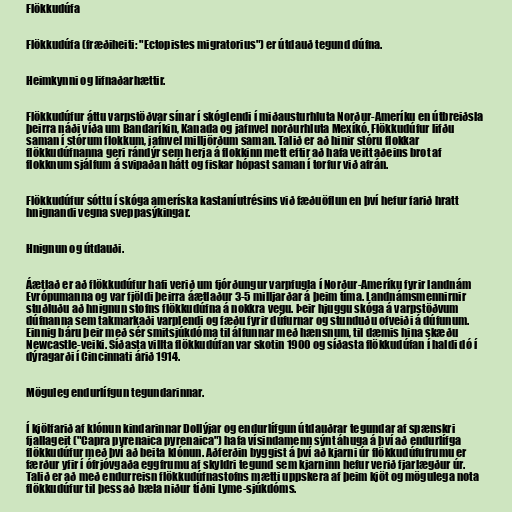
Flökkudúfa

Flökkudúfa (fræðiheiti: "Ectopistes migratorius") er útdauð tegund dúfna.

Heimkynni og lifnaðarhættir.

Flökkudúfur áttu varpstöðvar sínar í skóglendi í miðausturhluta Norður-Ameríku en útbreiðsla
þeirra náði víða um Bandaríkin, Kanada og jafnvel norðurhluta Mexíkó. Flökkudúfur lifðu
saman í stórum flokkum, jafnvel milljörðum saman. Talið er að hinir stóru flokkar
flökkudúfnanna geri rándýr sem herja á flokkinn mett eftir að hafa veitt aðeins brot af
flokknum sjálfum á svipaðan hátt og fiskar hópast saman í torfur við afrán.

Flökkudúfur sóttu í skóga ameríska kastaníutrésins við fæðuöflun en því hefur farið hratt
hnignandi vegna sveppasýkingar.

Hnignun og útdauði.

Áætlað er að flökkudúfur hafi verið um fjórðungur varpfugla í Norður-Ameríku fyrir landnám
Evrópumanna og var fjöldi þeirra áætlaður 3-5 milljarðar á þeim tíma. Landnámsmennirnir
stuðluðu að hnignun stofns flökkudúfna á nokkra vegu. Þeir hjuggu skóga á varpstöðvum
dúfnanna sem takmarkaði varplendi og fæðu fyrir dúfurnar og stunduðu ofveiði á dúfunum.
Einnig báru þeir með sér smitsjúkdóma til álfunnar með hænsnum, til dæmis hina skæðu
Newcastle-veiki. Síðasta villta flökkudúfan var skotin 1900 og síðasta flökkudúfan í haldi dó í
dýragarði í Cincinnati árið 1914.

Möguleg endurlífgun tegundarinnar.

Í kjölfarið af klónun kindarinnar Dollýjar og endurlífgun útdauðrar tegundar af spænskri
fjallageit ("Capra pyrenaica pyrenaica") hafa vísindamenn sýnt áhuga á því að endurlífga
flökkudúfur með því að beita klónun. Aðferðin byggist á því að kjarni úr flökkudúfufrumu er
færður yfir í ófrjóvgaða eggfrumu af skyldri tegund sem kjarninn hefur verið fjarlægður úr.
Talið er að með endurreisn flökkudúfnastofns mætti uppskera af þeim kjöt og mögulega nota
flökkudúfur til þess að bæla niður tíðni Lyme-sjúkdóms.